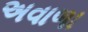
અવાળા